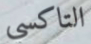
التاكسي